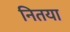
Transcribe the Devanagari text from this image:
नितया